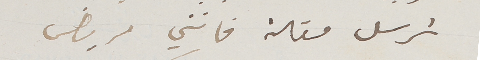
ترسل مقالة فانني مريض